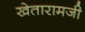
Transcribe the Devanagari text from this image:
खेतारामजी